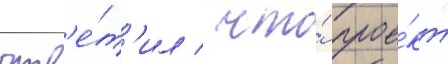
отв'е́т'ил / что́ прое́кт